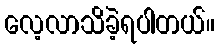
လေ့လာသိခဲ့ရပါတယ်။